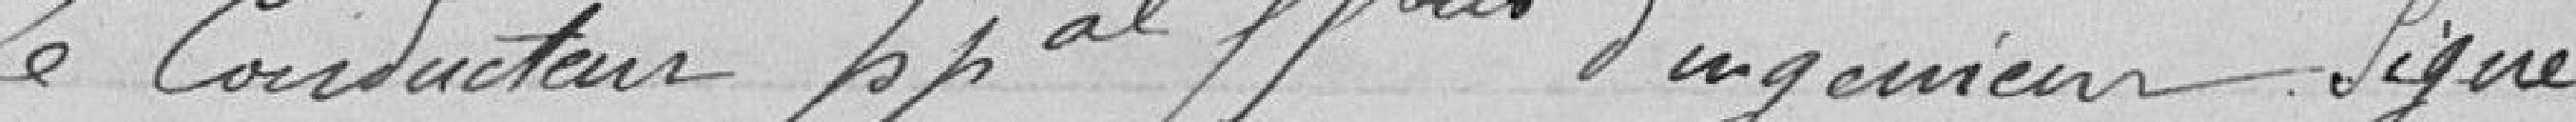
Le Conducteur Principal Ssner d'Ingénieur signé